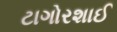
ટાગોરશાઈ